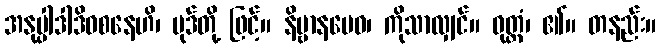
အနုပ္ပါဒါဒိဝစနေဟိ၊ ပုဒ်တို့ ဖြင့်။ နိဗ္ဗာနမေဝ၊ ကိုသာလျှင်။ ဝုတ္တံ၊ ၏။ တနည်း။